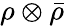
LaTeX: \rho\otimes{\bar{\rho}}